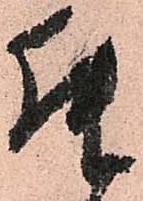
升